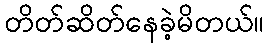
တိတ်ဆိတ်နေခဲ့မိတယ်။